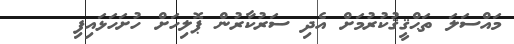
މައްސަލަ ތަޙްޤީޤުކުރުމަށް އެދި ސަރުކާރުން ޕޮލިހަށް ހުށަހަޅައިފި